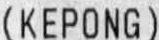
(KEPONG)